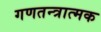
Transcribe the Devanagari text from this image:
गणतन्त्रात्मक